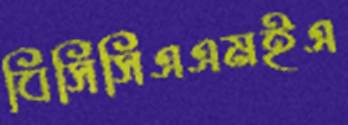
বিসিসিএএমইএ